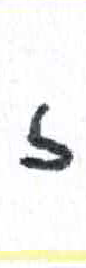
אות: ז